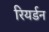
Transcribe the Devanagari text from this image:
रियर्डन